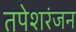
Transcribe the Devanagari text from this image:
तपेशरंजन